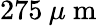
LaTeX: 275\: \mu\mathrm{~m~}